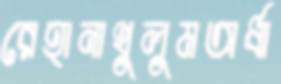
রেহানাথুলুমঅর্ধা